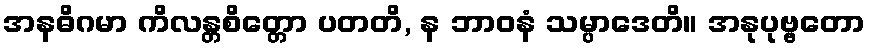
အနဓိဂမာ ကိလန္တစိတ္တော ပတတိ, န ဘာဝနံ သမ္ပာဒေတိ။ အနုပုဗ္ဗတော